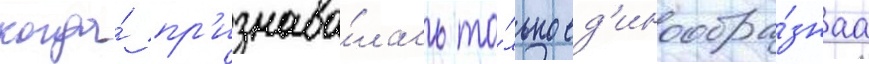
когда́ пр'изнава́лась то́лько ед'инообра́знаа